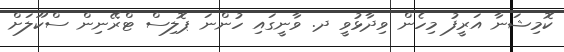
ކޮމިޝަނާ އަރީފު މިހެން ވިދާޅުވީ ދ. ވާނީގައި ހުންނަ ޕޮލިސް ޓްރޭނިން ސްކޫލަށް